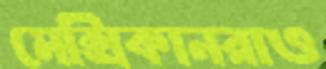
মেক্সিকানরাও